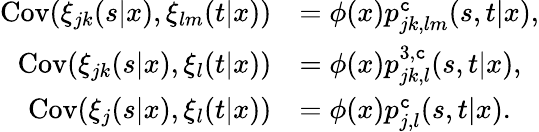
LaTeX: \begin{array}{rl}{\mathrm{Cov}(\xi_{jk}(s|x),\xi_{lm}(t|x))}&{=\phi(x)p_{jk,lm}^{\texttt{c}}(s,t|x),}\\ {\mathrm{Cov}(\xi_{jk}(s|x),\xi_{l}(t|x))}&{=\phi(x)p_{jk,l}^{3,\texttt{c}}(s,t|x),}\\ {\mathrm{Cov}(\xi_{j}(s|x),\xi_{l}(t|x))}&{=\phi(x)p_{j,l}^{\texttt{c}}(s,t|x).}\end{array}